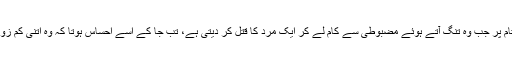
کہانی کے اختتام پر جب وہ تنگ آتے ہوئے مضبوطی سے کام لے کر ایک مرد کا قتل کر دیتی ہے، تب جا کے اسے احساس ہوتا کہ وہ اتنی کم زور تو نہیں تھی۔